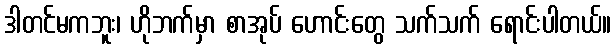
ဒါတင်မကဘူး၊ ဟိုဘက်မှာ စာအုပ် ဟောင်းတွေ သက်သက် ရောင်းပါတယ်။